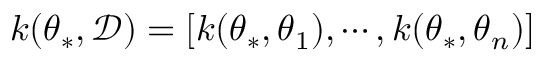
\boldsymbol { k } ( \boldsymbol { \theta } _ { * } , \mathcal { D } ) = [ k ( \boldsymbol { \theta } _ { * } , \boldsymbol { \theta } _ { 1 } ) , \cdots , k ( \boldsymbol { \theta } _ { * } , \boldsymbol { \theta } _ { n } ) ]